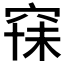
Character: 𱶽